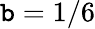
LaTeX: \mathtt{b}=1/6